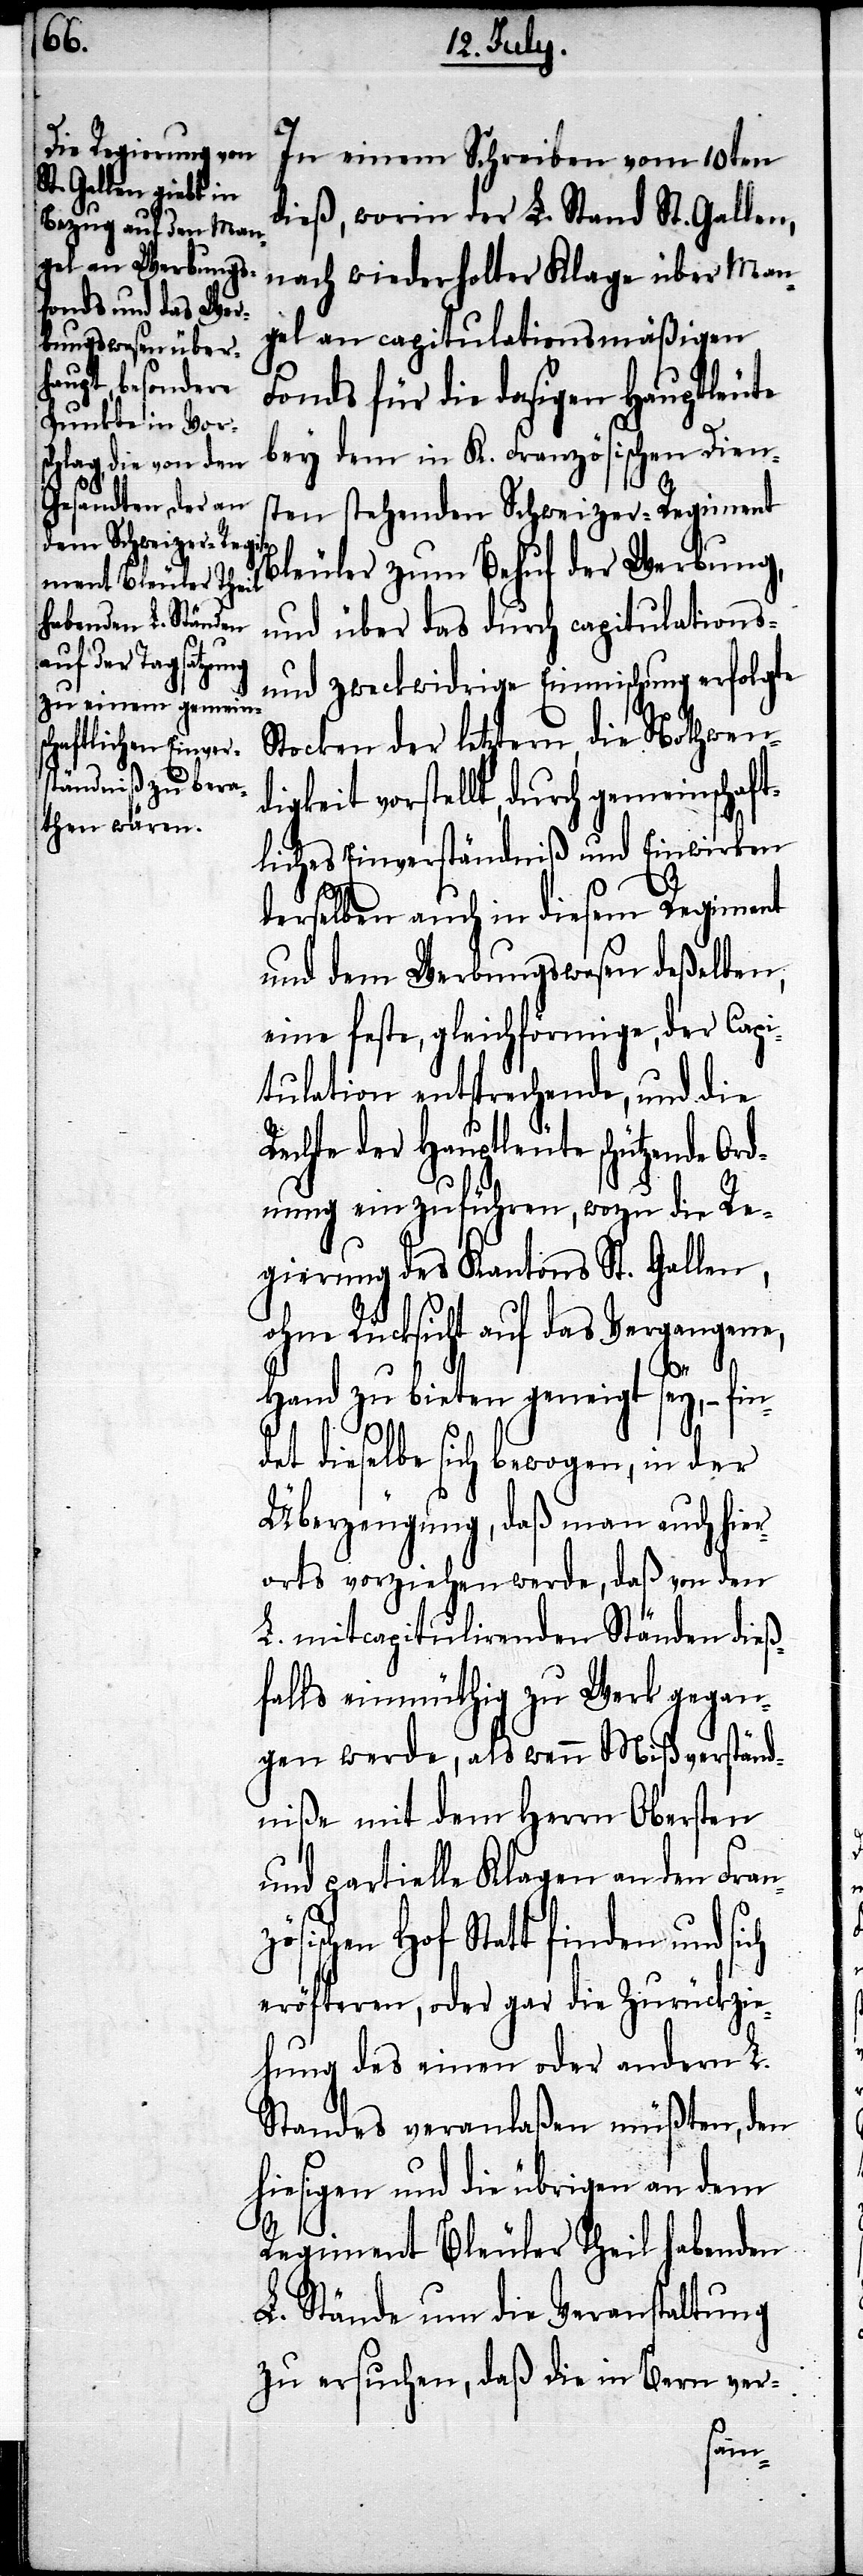
In einem Schreiben vom 10ten
dieß, worin der L. Stand St. Gallen,
nach wiederholter Klage über Man¬
gel an capitulationsmäßigen
Fonds für die dasigen Hauptleute
bey dem in K. Französischen Diens¬
ten stehenden Schweizer-Regiment
Bleuler zum Behuf der Werbung,
und über das durch capitulations-
und zweckwidrige Einmischung erfolgte
Stocken der letztern, die Nothwend¬
igkeit vorstellt, durch gemeinschaft¬
liches Einverständniß und Einwirken
derselben auch in diesem Regiment
und dem Werbungswesen deßelben,
eine feste, gleichförmige, der Capi¬
tulation entsprechende, und die
Rechte der Hauptleute schützende Or¬
dnung einzuführen, wozu die Re¬
gierung des Kantons St. Gallen,
ohne Rücksicht auf das Vergangene,
ch
Hand zu bieten geneigt sey, – fin¬
det dieselbe sich bewogen, in der
Überzeugung, daß man auch hie¬
rorts vorziehen werde, daß von den
L. mitcapitulirenden Ständen dieß¬
falls einmüthig zu Werk gegan¬
gen werde, als wenn Mißverständ¬
niße mit dem Herrn Obersten
und partielle Klagen an den Franz¬
sischen Hof Statt finden und si¬
eröfteren, oder gar die Zurückzi¬
ehung des einen oder andern L.
Standes veranlaßen müßten, den
hiesigen und die übrigen an dem
Regiment Bleuler Theil habenden
L. Stände um die Veranstaltung
zu ersuchen, daß die in Bern ver-